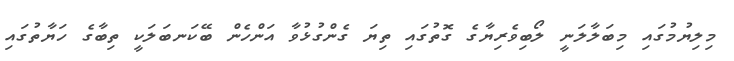
މިލިޔުމުގައި މިބަލާލަނީ ލޯބިވެރިޔާގެ ގޮތުގައި ތިޔަ ގެންގުޅުވާ އަންހެން ބޭކަނބަލަކީ ތިބާގެ ހަޔާތުގައި